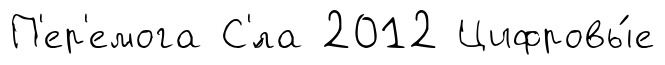
П'ер'емога С'́ла 2012 Цифровы́е